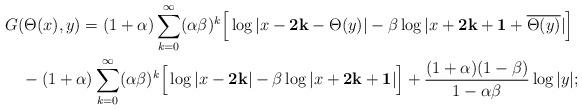
LaTeX: \begin{align*}&G (\Theta(x),y)=(1+\alpha)\sum_{k=0}^\infty(\alpha\beta)^k\Big[\log|x-{\bf 2k}-\Theta(y)|-\beta\log|x+{\bf 2k+1}+\overline{\Theta(y)}|\Big]\\&\quad-(1+\alpha)\sum_{k=0}^\infty(\alpha\beta)^k\Big[\log|x-{\bf 2k}|-\beta\log|x+{\bf 2k+1}|\Big]+\frac{(1+\alpha)(1-\beta)}{1-\alpha\beta}\log|y|;\end{align*}